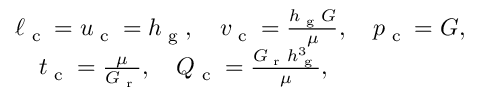
\begin{array} { r l r } & { \ell _ { \textrm { c } } = u _ { \textrm { c } } = h _ { \textrm { g } } , \quad v _ { \textrm { c } } = \frac { h _ { \textrm { g } } G } { \mu } , \quad p _ { \textrm { c } } = G , } & \\ & { \quad t _ { \textrm { c } } = \frac { \mu } { G _ { \textrm { r } } } , \quad Q _ { \textrm { c } } = \frac { G _ { \textrm { r } } h _ { \textrm { g } } ^ { 3 } } { \mu } , } \end{array}